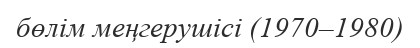
бөлім меңгерушісі (1970–1980)